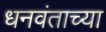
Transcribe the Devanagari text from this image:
धनवंताच्या